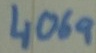
Text: 4069